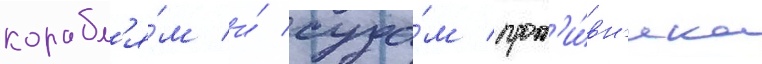
корабл'я́м и́ суда́м прот'и́вн'ика